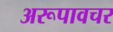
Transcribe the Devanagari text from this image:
अरूपावचर